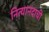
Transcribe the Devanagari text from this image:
नित्यानंदाची